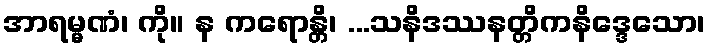
အာရမ္မဏံ၊ ကို။ န ကရောန္တိ၊ ...သနိဒဿနတ္တိကနိဒ္ဒေသော၊